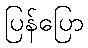
ပြန်ပြော